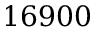
1 6 9 0 0